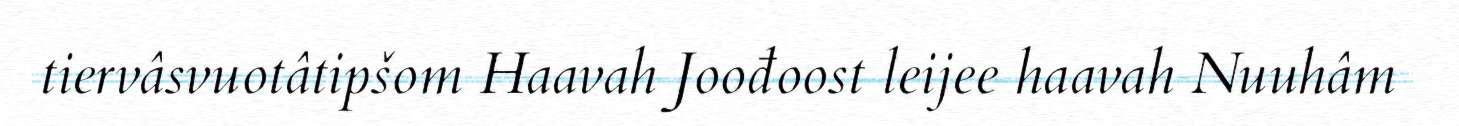
tiervâsvuotâtipšom Haavah Joođoost leijee haavah Nuuhâm